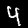
Digit: 4